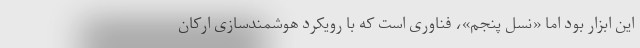
این ابزار بود اما «نسل پنجم»، فناوری است که با رویکرد هوشمندسازی ارکان